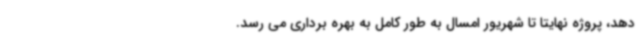
دهد، پروژه نهایتا تا شهریور امسال به طور کامل به بهره برداری می رسد.